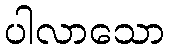
ပါလာသော